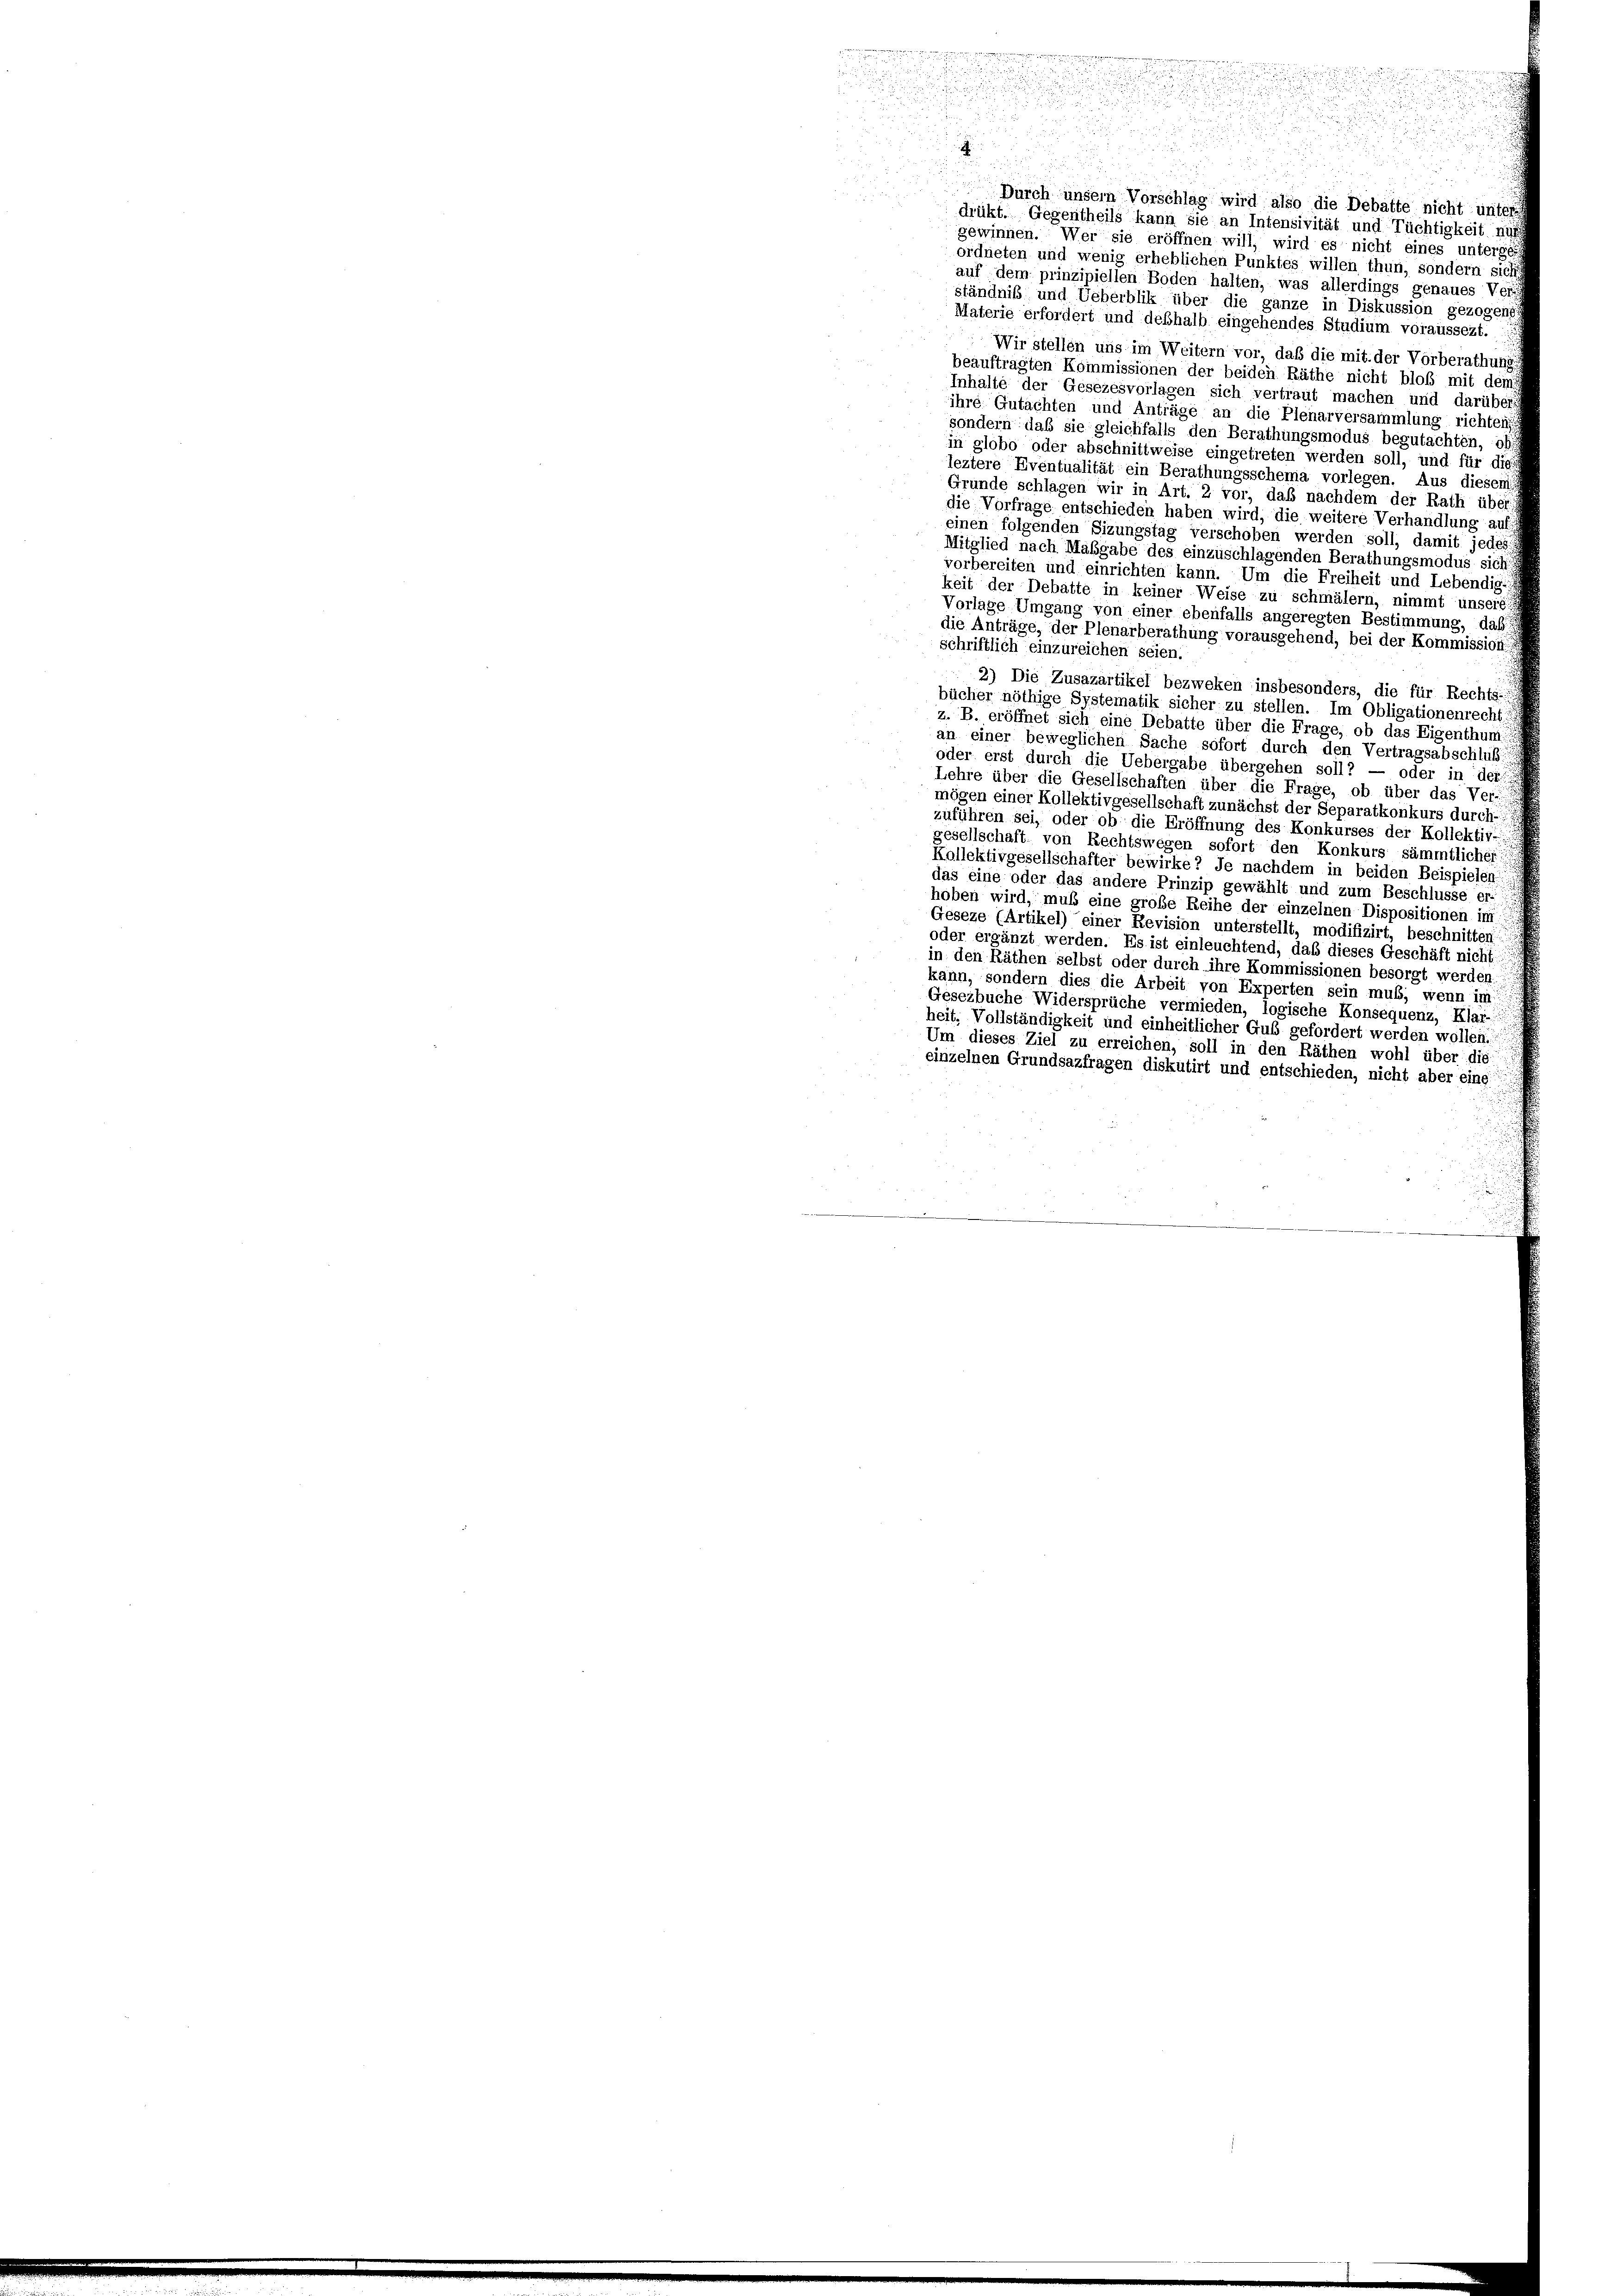
u
.
4

Durch unsern Vorschlag wird also die Debatte nicht unter
drükt. Gegentheils kann sie an Intensivität und Tüchtigkeit nur
gewinnen. Wer sie eröffnen will, wird es nicht eines unterge
ordneten und wenig erheblichen Punktes willen thun, sondern sich
auf dem prinzipiellen Boden halten, was allerdings genaues Ver-
ständniß und Ueberblik über die ganze in Diskussion gezogeng
Materie erfordert und deßhalb eingehendes Studium voraussezt.
Wir stellen uns im Weitern vor, daß die mit der Vorberathung
beauftragten Kommissionen der beiden Räthe nicht bloß mit dems
Inhalte der Gesezesvorlagen sich vertraut machen und darübers
ihre Gutachten und Anträge an die Pienarversammlung richten
sondern daß sie gleichfalls den Berathungsmodus begutachten, oh
in globo oder abschnittweise eingetreten werden soll, und für die
leztere Eventualität ein Berathungsschema vorlegen. Aus diesem
Grunde schlagen wir in Art. 2 vor, daß nachdem der Rath über
die Vorfrage entschieden haben wird, die weitere Verhandlung auf
einen folgenden Sizungstag verschoben werden soll, damit jedes
Mitglied nach Maßgabe des einzuschlagenden Berathungsmodus sich
vorbereiten und einrichten kann. Um die Freiheit und Lebendig;
keit der Debatte in keiner Weise zu schmälern, nimmt unsere
Vorlage Umgang von einer ebenfalls angeregten Bestimmung, daß
die Anträge, der Plenarberathung vorausgehend, bei der Kommission
schriftlich einzureichen seien.
2) Die Zusazartikel bezweken insbesonders, die für Rechts-
bücher nöthige Systematik sicher zu stellen. Im Obligationenrecht
z. B. eröffnet sich eine Debatte über die Frage, ob das Eigenthum
an einer beweglichen Sache sofort durch den Vertragsabschluß-
oder erst durch die Uebergabe übergehen soll? — oder in der
Lehre über die Gesellschaften über die Frage, ob über das Ver-
mögen einer Kollektivgesellschaft zunächst der Separatkonkurs durch
zuführen sei, oder ob die Eröffnung des Konkurses der Kollektiv-
gesellschaft von Rechtswegen sofort den Konkurs sämmtlicher
Kollektivgesellschafter bewirke? Je nachdem in beiden Beispielen
das eine oder das andere Prinzip gewählt und zum Beschlüsse er-
hoben wird, muß eine große Reihe der einzelnen Dispositionen im
Geseze (Artikel) einer Revision unterstellt, modifizirt, beschnitten
oder ergänzt werden. Es ist einleuchtend, das dieses Geschäft nicht
in den Räthen selbst oder durch ihre Kommissionen besorgt werden.
kann, sondern dies die Arbeit von Experten sein muß; wenn im
Gesezbuche Widersprüche vermieden, logische Konsequenz, Klar-
heit. Vollständigkeit und einheitlicher Gub gefordert werden wollen.
Um dieses Ziel zu erreichen, soll in den Räthen wohl über die
einzelnen Grundsazfragen diskutirt und entschieden, nicht aber eine